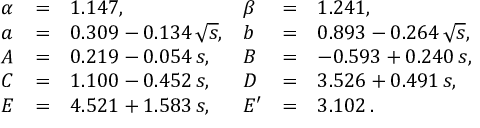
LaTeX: \begin{array} { l c l l c l } { { \alpha } } & { { = } } & { { 1 . 1 4 7 , } } & { { \beta } } & { { = } } & { { 1 . 2 4 1 , } } \\ { { a } } & { { = } } & { { 0 . 3 0 9 - 0 . 1 3 4 \, \sqrt { s } , } } & { { b } } & { { = } } & { { 0 . 8 9 3 - 0 . 2 6 4 \, \sqrt { s } , } } \\ { { A } } & { { = } } & { { 0 . 2 1 9 - 0 . 0 5 4 \, s , } } & { { B } } & { { = } } & { { - 0 . 5 9 3 + 0 . 2 4 0 \, s , } } \\ { { C } } & { { = } } & { { 1 . 1 0 0 - 0 . 4 5 2 \, s , } } & { { D } } & { { = } } & { { 3 . 5 2 6 + 0 . 4 9 1 \, s , } } \\ { { E } } & { { = } } & { { 4 . 5 2 1 + 1 . 5 8 3 \, s , } } & { { E ^ { \prime } } } & { { = } } & { { 3 . 1 0 2 \, . } } \end{array}